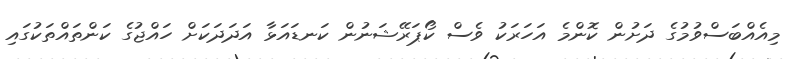
މިއެއްބަސްވުމުގެ ދަށުން ކޮންމެ އަހަރަކު ވެސް ކޯޕަރޭޝަނުން ކަނޑައަޅާ އަދަދަކަށް ހައްޖުގެ ކަންތައްތަކުގައި